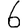
Digit: 6